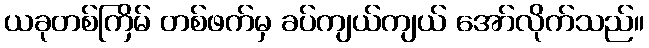
ယခုတစ်ကြိမ် တစ်ဖက်မှ ခပ်ကျယ်ကျယ် အော်လိုက်သည်။